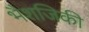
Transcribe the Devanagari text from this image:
भैशजिकी